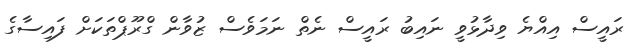
ރައީސް އިއްޔެ ވިދާޅުވީ ނައިބު ރައީސް ނެތް ނަމަވެސް ޒުވާން ގްރޫޕްތަކަށް ފައިސާގެ